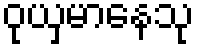
ဝုယှမာနေသု